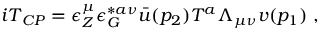
{ i \cal T } _ { C P } = \epsilon _ { Z } ^ { \mu } \epsilon _ { G } ^ { * a \nu } { \bar { u } } ( p _ { 2 } ) T ^ { a } \Lambda _ { \mu \nu } v ( p _ { 1 } ) \; ,